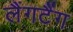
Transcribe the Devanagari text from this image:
लैंगटैंग